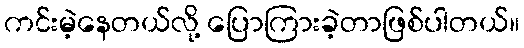
ကင်းမဲ့နေတယ်လို့ ပြောကြားခဲ့တာဖြစ်ပါတယ်။